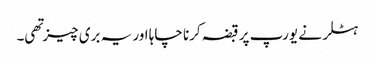
ہٹلر نے یورپ پر قبضہ کرنا چاہا اور یہ بری چیز تهی۔